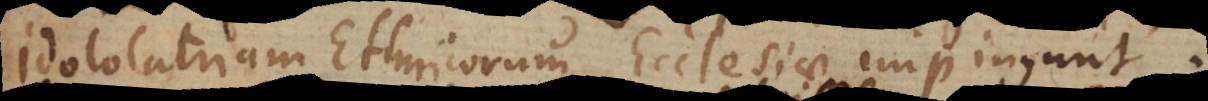
dololatriam Ethnicorum Ecclesiae impingunt.